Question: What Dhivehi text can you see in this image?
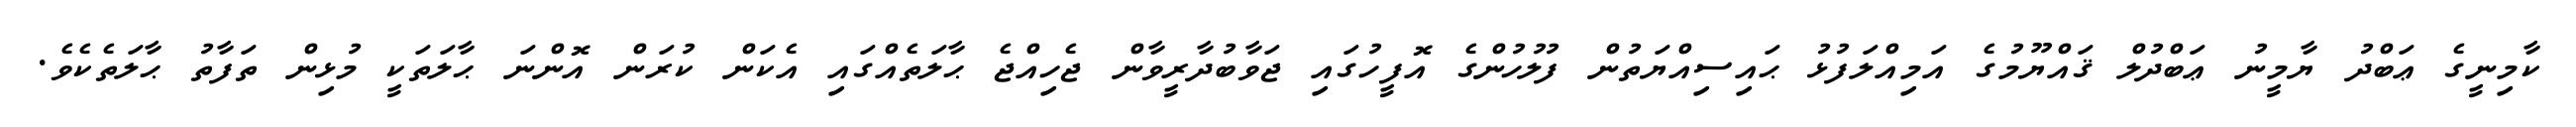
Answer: ކާމިނީގެ ޢަބްދު ޔާމީނު ޢަބްދުލް ޤައްޔޫމުގެ އަމިއްލަފުޅު ޙައިސިއްޔަތުން ފުލުހުންގެ އޮފީހުގައި ޖަވާބުދާރީވާން ޖެހިއްޖެ ޙާލަތެއްގައި އެކަން ކުރަން އޮންނަ ޙާލަތަކީ މުޅިން ތަފާތު ޙާލަތެކެވެ.